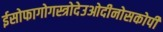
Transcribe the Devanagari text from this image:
ईसोफागोगस्त्रोदेउओदीनोसकोपी